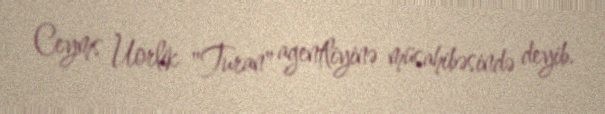
Ceyms Uorlik "Turan" agentliyinə müsahibəsində deyib.